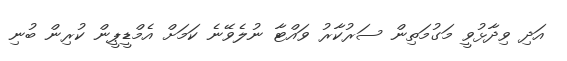
އަދި ވިދާޅުވީ މަގުމަތިން ސަރުކާރު ވައްޓާ ނުލެވޭނެ ކަމަށް އެމްޑީޕީން ކުރިން ބުނި